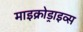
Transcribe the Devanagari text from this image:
माइक्रोड्राइव्स